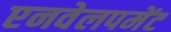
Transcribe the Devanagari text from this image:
एनवेलपमेंट